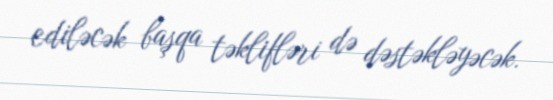
ediləcək başqa təklifləri də dəstəkləyəcək.